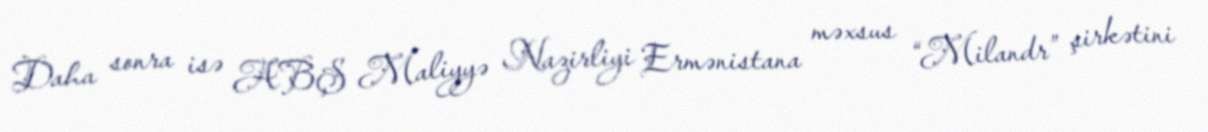
Daha sonra isə ABŞ Maliyyə Nazirliyi Ermənistana məxsus “Milandr” şirkətini